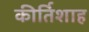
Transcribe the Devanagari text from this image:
कीर्तिशाह